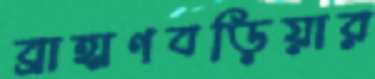
ব্রাহ্মণবড়িয়ার